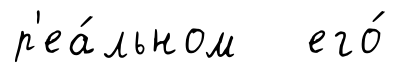
р'еа́льном его́